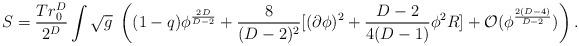
LaTeX: \begin{align*}S = {Tr^D_0 \over 2^D} \int \sqrt{g}\; \left( (1-q)\phi^{{2D\over D-2}}+{8 \over (D-2)^2}[(\partial\phi)^2 + {D-2\over 4(D-1)}\phi^2R] + {\cal O}(\phi^{{2(D-4)\over D-2}})\right).\end{align*}